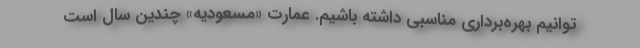
توانیم بهره‌برداری مناسبی داشته باشیم. عمارت «مسعودیه» چندین سال است